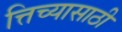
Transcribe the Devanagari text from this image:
त्तिच्यासाठी